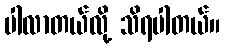
ပါလာတယ်လို့ သိရပါတယ်။